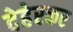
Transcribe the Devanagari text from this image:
देहेरकर